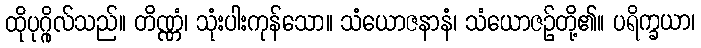
ထိုပုဂ္ဂိုလ်သည်။ တိဏ္ဏံ၊ သုံးပါးကုန်သော။ သံယောဇနာနံ၊ သံယောဇဉ်တို့၏။ ပရိက္ခယာ၊